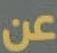
عن